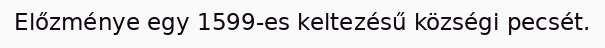
Előzménye egy 1599-es keltezésű községi pecsét.